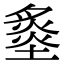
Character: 𡐩